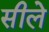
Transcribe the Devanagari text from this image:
सीले